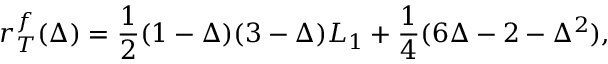
r _ { T } ^ { f } ( \Delta ) = \frac { 1 } { 2 } ( 1 - \Delta ) ( 3 - \Delta ) L _ { 1 } + \frac { 1 } { 4 } ( 6 \Delta - 2 - \Delta ^ { 2 } ) ,